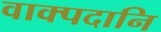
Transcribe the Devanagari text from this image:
वाक्पदानि